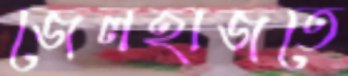
জেলহাজতে